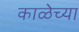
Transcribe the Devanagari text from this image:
काळेच्या